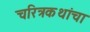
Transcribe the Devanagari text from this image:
चरित्रकथांचा